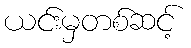
ယင်းမှတစ်ဆင့်